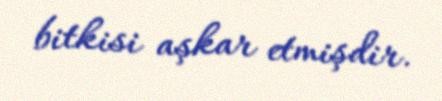
bitkisi aşkar etmişdir.